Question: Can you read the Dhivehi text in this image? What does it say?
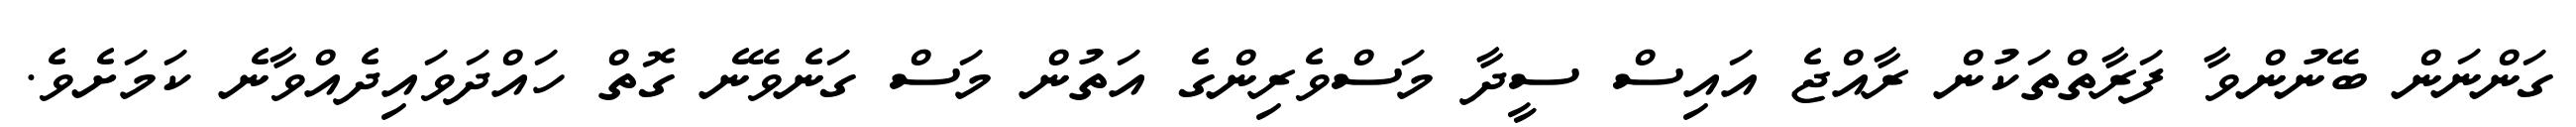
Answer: ގަންނަން ބޭނުންވާ ފަރާތްތަކުން ރާއްޖެ އައިސް ސީދާ މަސްވެރިންގެ އަތުން މަސް ގަނެވޭނެ ގޮތް ހައްދަވައިދެއްވާނެ ކަމަށެވެ.